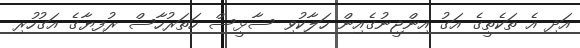
އަދި އެ ތަކެތީގެ އަގު އިންޖީނުގެއިން ހަލާކުވި ސާޅީސް ހަތަރުހާސް ރުފިޔާގެ އަގުހުރި